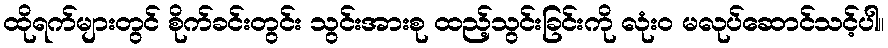
ထိုရက်များတွင် စိုက်ခင်းတွင်း သွင်းအားစု ထည့်သွင်းခြင်းကို လုံးဝ မလုပ်ဆောင်သင့်ပါ။